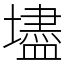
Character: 壗